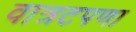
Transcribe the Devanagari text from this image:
वात्रटपणा